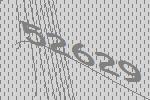
52629